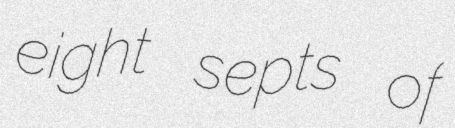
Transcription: eight septs of